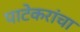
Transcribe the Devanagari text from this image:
पाटेकरांचा